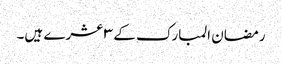
رمضان المبارک کے ٣ عشرے ہیں۔